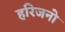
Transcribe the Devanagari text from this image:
हरिजनो